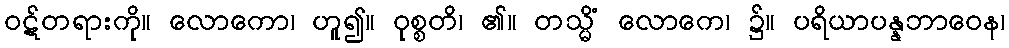
ဝဋ်တရားကို။ လောကော၊ ဟူ၍။ ဝုစ္စတိ၊ ၏။ တသ္မိံ လောကေ၊ ၌။ ပရိယာပန္နဘာဝေန၊